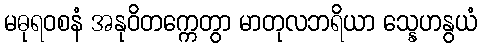
မဓုရဝစနံ အနုဝိတက္ကေတွာ မာတုလဘရိယာ သ္နေဟနွယံ